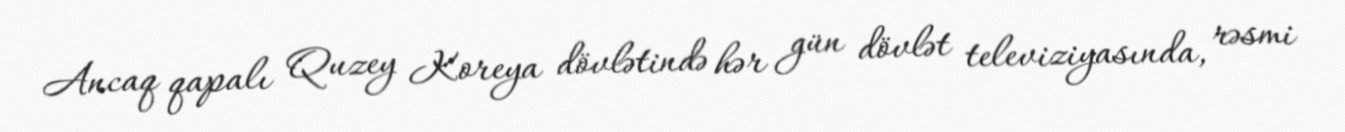
Ancaq qapalı Quzey Koreya dövlətində hər gün dövlət televiziyasında, rəsmi